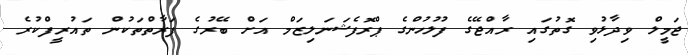
ޖަމީލް ވިދާޅުވި ގޮތުގައި ރާއްޖޭގެ ފުލުހުންގެ ޕްރޮފެޝަނަލިޒަމް އަށް ބޭރުގެ ފަރާތްތަކުން ތައުރީފްކުރެ